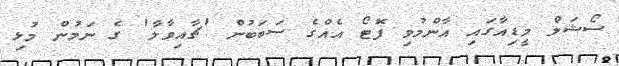
ސޯޝަލް މީޑިއާގައި އާންމުވި ފޮޓޯ އެއްގެ ސަބަބުން 'ޗާއިވާލާ' ގެ ނަމުން މުޅި